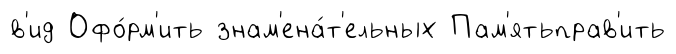
в'ид Офо́рм'ить знам'ена́т'ельных Пам'ятьправ'ить